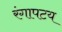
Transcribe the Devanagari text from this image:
रंगापटय